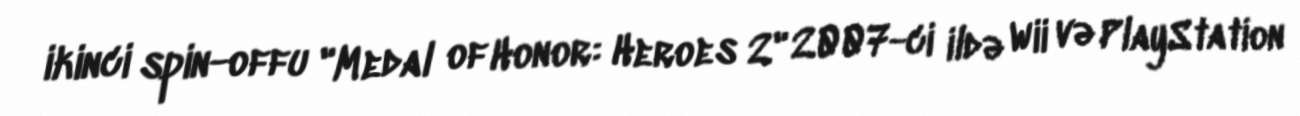
ikinci spin-offu "Medal of Honor: Heroes 2" 2007-ci ildə Wii və PlayStation